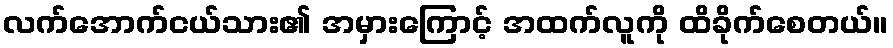
လက်အောက်ငယ်သား၏ အမှားကြောင့် အထက်လူကို ထိခိုက်စေတယ်။